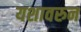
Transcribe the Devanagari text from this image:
यशावरुन